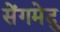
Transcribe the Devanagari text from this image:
सेंगमेदु